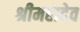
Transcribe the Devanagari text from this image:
श्रीमहादेव